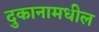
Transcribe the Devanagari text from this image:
दुकानामधील